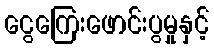
ငွေကြေးဖောင်းပွမှုနှင့်